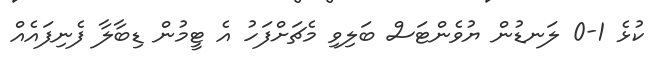
ކުޅެ 1-0 ލަނޑުން ޔުވެންޓަސް ބަލިވި މެޗަށްފަހު އެ ޓީމުން ޑިބާލާ ފެނިފައެއް